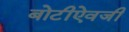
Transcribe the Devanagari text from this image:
बोटीऐवजी